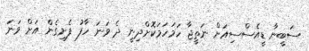
ސަބީނާ ޑީއެސްސިއަށް ނަތީޖާ ހަމަހަމަކޮށްދިނީ ދެ ވަނަ ހާފު ފެށިގެން އަށް ވަނަ